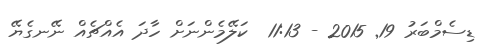
ޑިސެމްބަރު 19